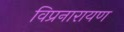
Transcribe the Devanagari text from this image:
विप्रनारायण